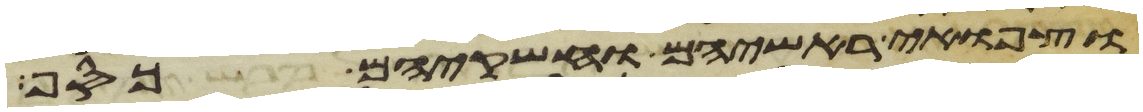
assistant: וצפוי ראשיהם וחשקיהם כסף